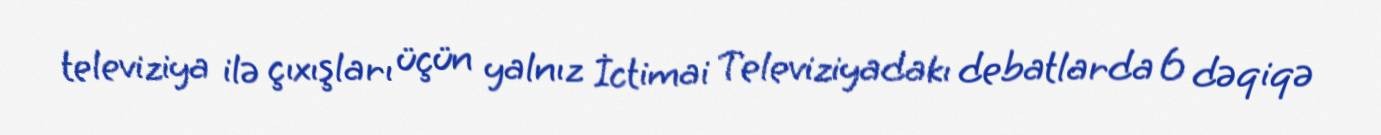
televiziya ilə çıxışları üçün yalnız İctimai Televiziyadakı debatlarda 6 dəqiqə